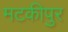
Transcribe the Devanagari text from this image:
मटकीपुर